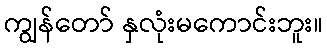
ကျွန်တော် နှလုံးမကောင်းဘူး။